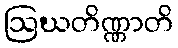
ဩဃတိဏ္ဏာတိ